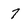
Character: 7